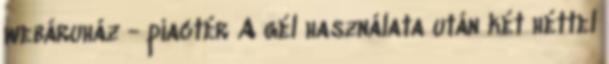
webáruház - piactér A gél használata után két héttel